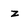
Character: z